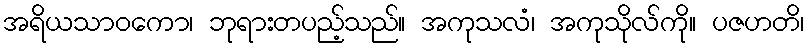
အရိယသာဝကော၊ ဘုရားတပည့်သည်။ အကုသလံ၊ အကုသိုလ်ကို။ ပဇဟတိ၊